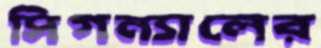
সিগন্যালের